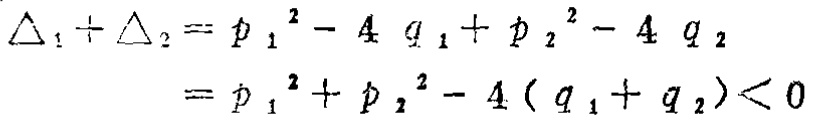
\(\begin{align*}
\triangle_1+\triangle_2&=p_1^{2}-4q_1 + p_2^{2}-4q_2\\
&=p_1^{2}+p_2^{2}-4(q_1 + q_2)<0
\end{align*}\)